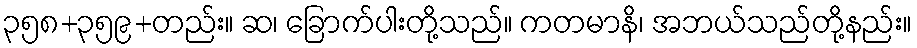
၃၅၈+၃၅၉+တည်း။ ဆ၊ ခြောက်ပါးတို့သည်။ ကတမာနိ၊ အဘယ်သည်တို့နည်း။